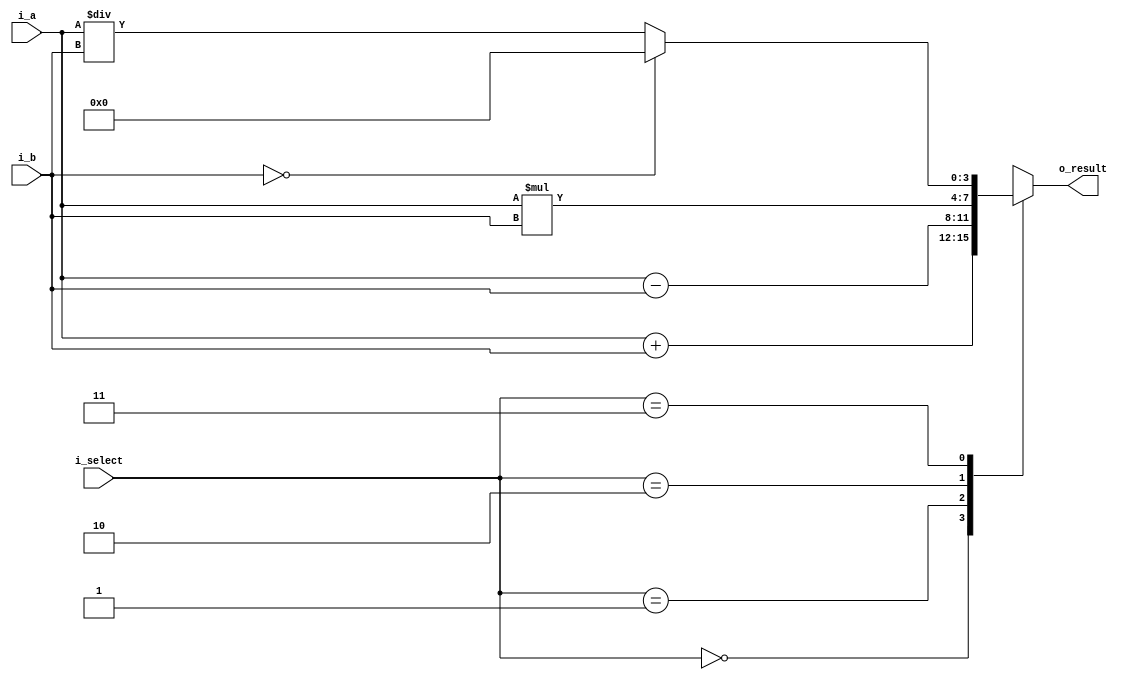
`timescale 1ns / 1ps
//////////////////////////////////////////////////////////////////////////////////
// Company: 
// Engineer: 
// 
// Design Name: 
// Module Name: simple_caculator
// Project Name: 
// Target Devices: 
// Tool Versions: 
// Description: 
// 
// Dependencies: 
// 
// Revision:
// Revision 0.01 - File Created
// Additional Comments:
// 
//////////////////////////////////////////////////////////////////////////////////


module simple_caculator(
    input [3:0] i_a, i_b,
    input [1:0] i_select,
    
    output [3:0] o_result
    );

    reg [3:0] r_result;
    assign o_result = r_result;

    always @(*) begin
        case (i_select)
            2'b00 : r_result = i_a + i_b;
            2'b01 : r_result = i_a - i_b;
            2'b10 : r_result = i_a * i_b;
            2'b11 : begin
                if (i_b == 0)
                    r_result = 0;
                else r_result = i_a / i_b;
            end  
        endcase
    end


endmodule